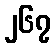
၂၆၇